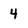
Character: 4